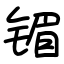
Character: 镅